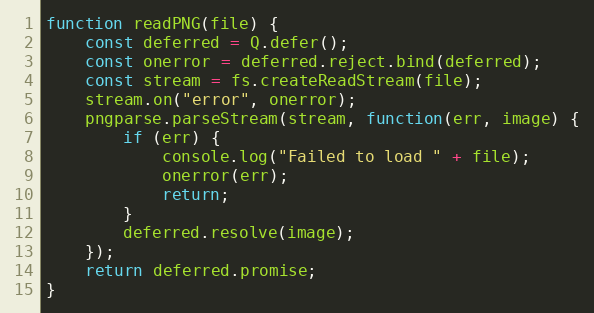
Language: JavaScript
function readPNG(file) {
    const deferred = Q.defer();
    const onerror = deferred.reject.bind(deferred);
    const stream = fs.createReadStream(file);
    stream.on("error", onerror);
    pngparse.parseStream(stream, function(err, image) {
        if (err) {
            console.log("Failed to load " + file);
            onerror(err);
            return;
        }
        deferred.resolve(image);
    });
    return deferred.promise;
}